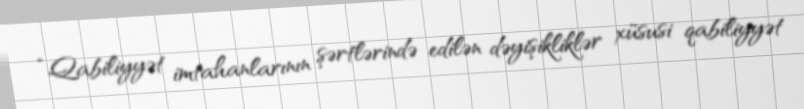
“Qabiliyyət imtahanlarının şərtlərində edilən dəyişikliklər xüsusi qabiliyyət